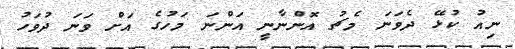
ނިއު ކުޅޭ ދެވަނަ މެޗު އޮންނާނީ އަންނަ މަހުގެ އަށް ވަނަ ދުވަހު